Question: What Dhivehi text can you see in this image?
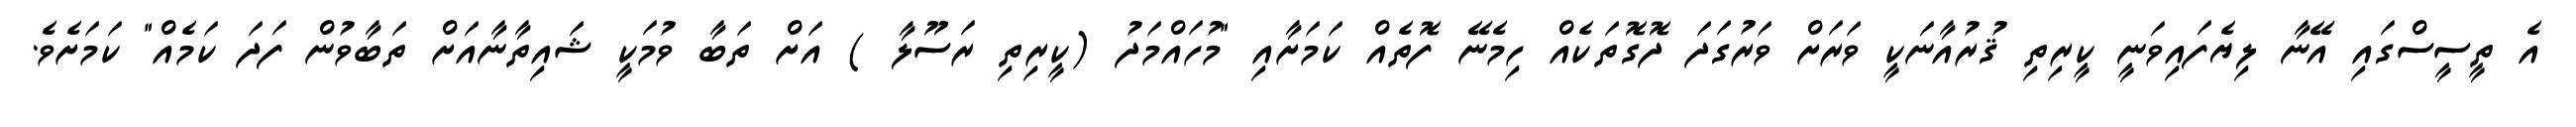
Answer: އެ ތީސީސްގައި އޭނާ ލިޔެފައިވަނީ ކީރިތި ޤުރުއާނަކީ ވަރަށް ވަރުގަދަ ދޮގޮތަކެއް ހިމެނޭ ފޮތެއް ކަމަށާއި "މުހައްމަދު (ކީރިތި ރަސޫލާ ) އަށް ތަބާ ވުމަކީ ޝައިތާނާއަށް ތަބާވުން ފަދަ ކަމެއް" ކަމަށެވެ.